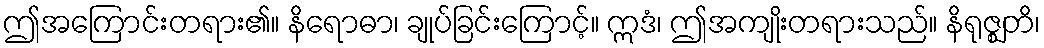
ဤအကြောင်းတရား၏။ နိရောဓာ၊ ချုပ်ခြင်းကြောင့်။ ဣဒံ၊ ဤအကျိုးတရားသည်။ နိရုဇ္ဈတိ၊